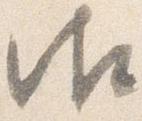
御